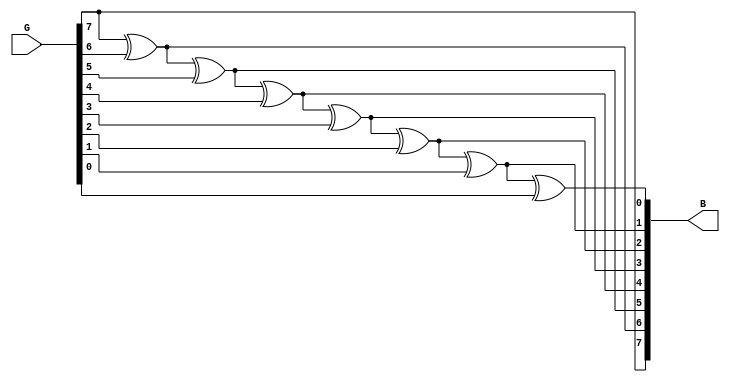
module gray_bin(G,B);
  input [7:0]G;
  output reg [7:0]B;
  integer i;

  always@(*)
   begin
    B[7]=G[7];
    for(i=6;i>=0;i=i-1)
     begin
      B[i] = B[i+1]^G[i];
     end
   end
endmodule